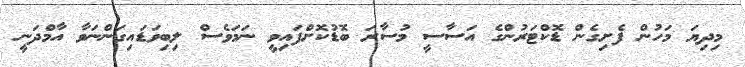
މިދިޔަ މަހުން ފެށިގެން ޑޮކްޓަރުންގެ އަސާސީ މުސާރަ ބޮޑުކޮށްފައިވީ ނަމަވެސް ލިބިވަޑައިގަންނަވާ އާމްދަނީ